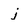
Character: j